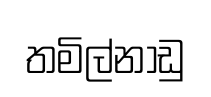
තමිල්නාඩු